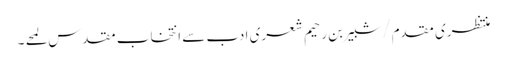
منتظری مقدم/شبیر بن رحیم شعری ادب سے انتخاب مقدس لمحے ۔